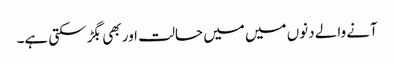
آنے والے دنوں میں میں حالت اور بھی بگڑ سکتی ہے۔